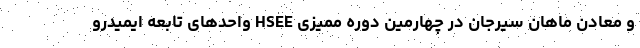
و معادن ماهان سیرجان در چهارمین دوره ممیزی HSEE واحدهای تابعه ایمیدرو